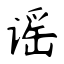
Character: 谣